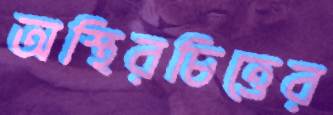
অস্থিরচিত্তের